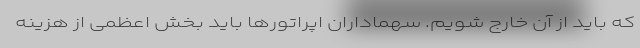
که باید از آن خارج شویم. سهماداران اپراتورها باید بخش اعظمی از هزینه